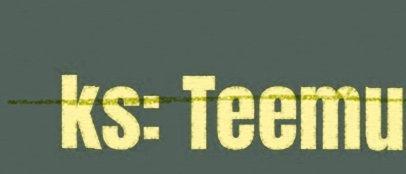
ks: Teemu